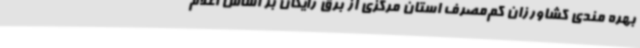
بهره مندی کشاورزان کم‌مصرف استان مرکزی از برق رایگان بر اساس اعلام